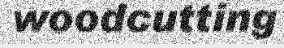
woodcutting